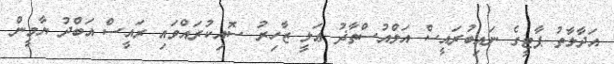
އަދާލާތު ޕާޓީގެ ނައިބުރައީސް އަލްއުސްތާޛު ޢަލީ ޒާހިރު ސޮއިކުރައްވައި ރައީސް އަބްދު ޔާމީން